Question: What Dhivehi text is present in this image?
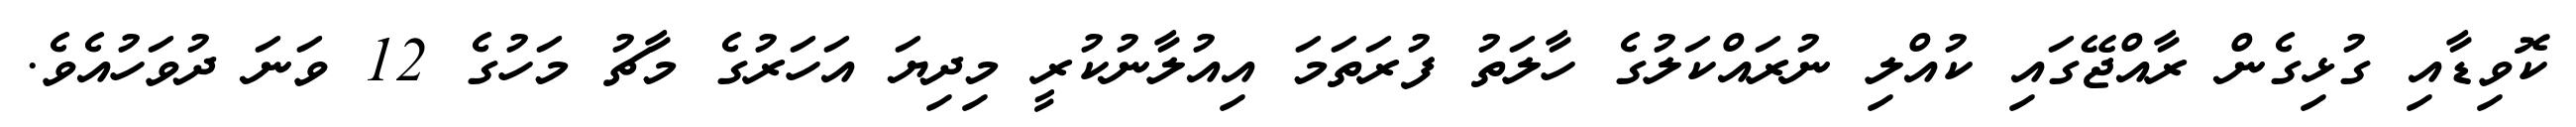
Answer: ކޮވިޑާއި ގުޅިގެން ރާއްޖޭގައި ކުއްލި ނުރައްކަލުގެ ހާލަތު ފުރަތަމަ އިއުލާނުކުރީ މިދިޔަ އަހަރުގެ މާޗު މަހުގެ 12 ވަނަ ދުވަހުއެވެ.